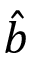
\hat { b }